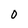
Character: 0